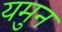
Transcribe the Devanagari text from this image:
यमुन